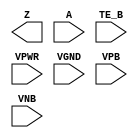
module sky130_fd_sc_ls__einvn (
    Z   ,
    A   ,
    TE_B,
    VPWR,
    VGND,
    VPB ,
    VNB
);

    output Z   ;
    input  A   ;
    input  TE_B;
    input  VPWR;
    input  VGND;
    input  VPB ;
    input  VNB ;
endmodule